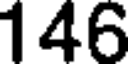
146